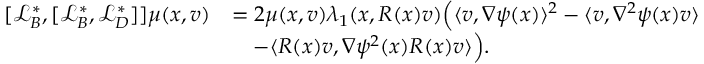
\begin{array} { r l } { [ \mathcal { L } _ { B } ^ { * } , [ \mathcal { L } _ { B } ^ { * } , \mathcal { L } _ { D } ^ { * } ] ] \mu ( x , v ) } & { = 2 \mu ( x , v ) \lambda _ { 1 } ( x , R ( x ) v ) \Big ( \langle v , \nabla \psi ( x ) \rangle ^ { 2 } - \langle v , \nabla ^ { 2 } \psi ( x ) v \rangle } \\ & { \quad - \langle R ( x ) v , \nabla \psi ^ { 2 } ( x ) R ( x ) v \rangle \Big ) . } \end{array}